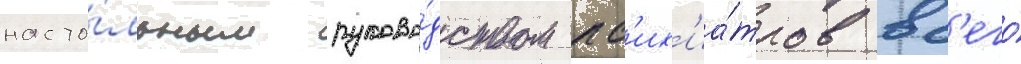
насто́льным руково́дством пс'их'иа́тров вс'его́